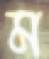
ম